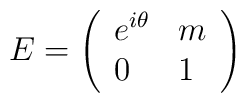
E = \left( \begin{array}{ll}e^{i \theta } & m \\ 0 & 1\end{array} \right)